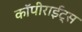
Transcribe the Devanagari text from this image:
कॉपीराईट्स